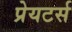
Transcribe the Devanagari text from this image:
प्रेयटर्स